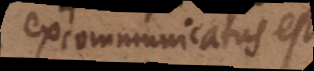
excommunicatus est